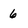
Character: 6